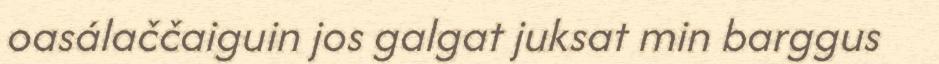
oasálaččaiguin jos galgat juksat min barggus